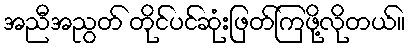
အညီအညွတ် တိုင်ပင်ဆုံးဖြတ်ကြဖို့လိုတယ်။